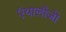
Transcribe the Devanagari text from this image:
एंथालौजी